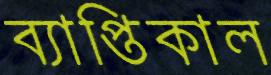
ব্যাপ্তিকাল